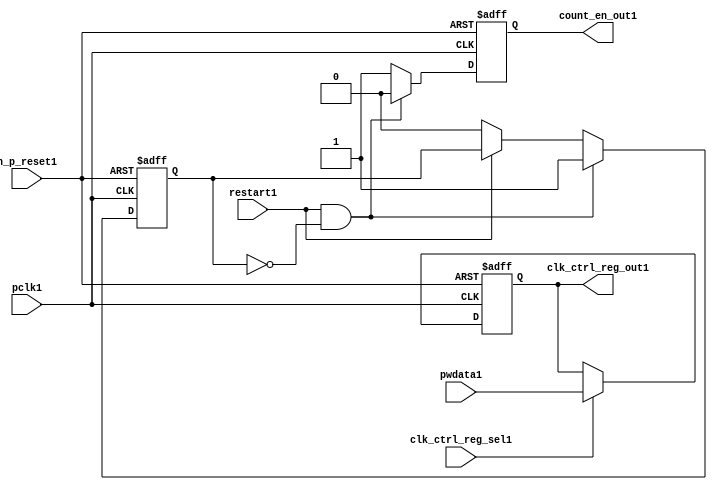
//File1 name   : ttc_count_rst_lite1.v
//Title1       : 
//Created1     : 1999
//Description1 : TTC1 counter reset block
//Notes1       : 
//----------------------------------------------------------------------
//   Copyright1 1999-2010 Cadence1 Design1 Systems1, Inc1.
//   All Rights1 Reserved1 Worldwide1
//
//   Licensed1 under the Apache1 License1, Version1 2.0 (the
//   "License1"); you may not use this file except1 in
//   compliance1 with the License1.  You may obtain1 a copy of
//   the License1 at
//
//       http1://www1.apache1.org1/licenses1/LICENSE1-2.0
//
//   Unless1 required1 by applicable1 law1 or agreed1 to in
//   writing, software1 distributed1 under the License1 is
//   distributed1 on an "AS1 IS1" BASIS1, WITHOUT1 WARRANTIES1 OR1
//   CONDITIONS1 OF1 ANY1 KIND1, either1 express1 or implied1.  See
//   the License1 for the specific1 language1 governing1
//   permissions1 and limitations1 under the License1.
//----------------------------------------------------------------------

module ttc_count_rst_lite1(

  //inputs1
  n_p_reset1,                             
  pclk1, 
  pwdata1,                                                           
  clk_ctrl_reg_sel1,
  restart1,        

  //outputs1
  count_en_out1,
  clk_ctrl_reg_out1

  );


//-----------------------------------------------------------------------------
// PORT DECLARATIONS1
//-----------------------------------------------------------------------------

   // inputs1
   input n_p_reset1;                 // Reset1 signal1
   input pclk1;                    // APB1 System1 clock1
   input [6:0] pwdata1;           // 7-Bit1 pwdata1 from APB1 interface
   input clk_ctrl_reg_sel1;        // Select1 for the clk_ctrl_reg1
   input restart1;                 // Restart1 reset from cntr_ctrl_reg1

   // outputs1
   output count_en_out1;
   output [6:0] clk_ctrl_reg_out1; // Controls1 clock1 selected


//-----------------------------------------------------------------------------
// Internal Signals1 & Registers1
//-----------------------------------------------------------------------------


   
   reg [6:0]    clk_ctrl_reg1;     //7-bit clock1 control1 register.
   
   reg          restart_var1;      //ensures1 prescaler1 reset at start of restart1 
   
   reg          count_en1;         //enable signal1 to counter

   
   wire [6:0]   clk_ctrl_reg_out1; //clock1 control1 output wire
   wire         count_en_out1;     //counter enable output
   
   
//-----------------------------------------------------------------------------
// Logic1 Section1:


//
//    p_clk_ctrl1: Process1 to implement the clk_ctrl_reg1.  
//                When1 select1 line is set then1 the data will be inserted1 to 
//                the clock1 control1 register, otherwise1 it will be equal1 to 
//                the previous value of the register, else it will be zero.
//-----------------------------------------------------------------------------

   assign clk_ctrl_reg_out1  = clk_ctrl_reg1;
   assign count_en_out1      = count_en1;


//    p_ps_counter1: counter for clock1 enable generation1.
   
   always @(posedge pclk1 or negedge n_p_reset1)
   begin: p_ps_counter1
      
      if (!n_p_reset1)
      begin
         restart_var1  <= 1'b0;
         count_en1     <= 1'b0;
      end
      else
      begin
         if (restart1 & ~restart_var1)
         begin
            restart_var1  <= 1'b1;
            count_en1     <= 1'b0;
         end 
         
         else 
           begin
              
              if (~restart1)
                 restart_var1 <= 1'b0;
              else
                 restart_var1 <= restart_var1;
                 
              count_en1     <= 1'b1;        
              
           end
      end // else: !if(!n_p_reset1)      
  
   end  //p_ps_counter1



// p_clk_ctrl1 : Process1 for writing to the clk_ctrl_reg1
   
   always @ (posedge pclk1 or negedge n_p_reset1)
   begin: p_clk_ctrl1
      
      if (!n_p_reset1)
         clk_ctrl_reg1 <= 7'h00;
      else
      begin 

         if (clk_ctrl_reg_sel1)
            clk_ctrl_reg1 <= pwdata1;
         else
            clk_ctrl_reg1 <= clk_ctrl_reg1;

      end 
      
   end  //p_clk_ctrl1

   
endmodule